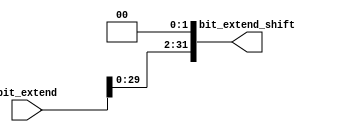
module shift_left2_accum(
    input [31:0] bit_extend,
    output [31:0] bit_extend_shift
);

    assign bit_extend_shift = bit_extend << 2;

endmodule